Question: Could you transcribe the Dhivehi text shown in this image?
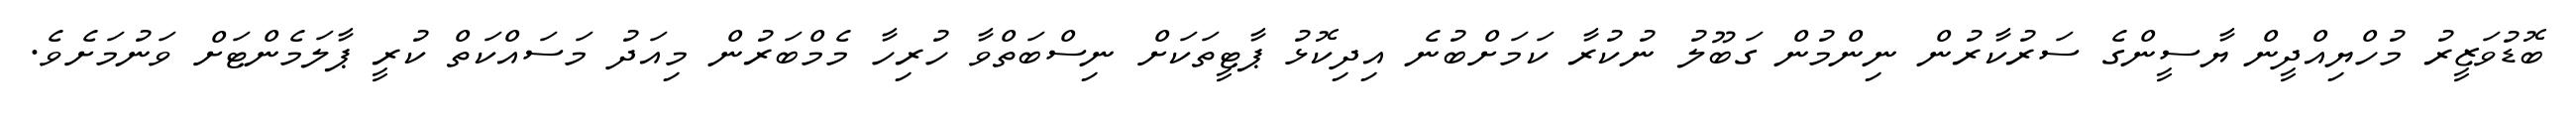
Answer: ބޮޑުވަޒީރު މުހްޔިއްދީން ޔާސީންގެ ސަރުކާރުން ނިންމުން ގަބޫލު ނުކުރާ ކަމަށްބުނެ އިދިކޮޅު ޕާޓީތަކަށް ނިސްބަތްވާ ހުރިހާ މެމްބަރުން މިއަދު މަސައްކަތް ކުރީ ޕާލަމެންޓަށް ވަނުމަށެވެ.